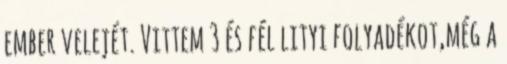
ember velejét. Vittem 3 és fél lityi folyadékot,még a